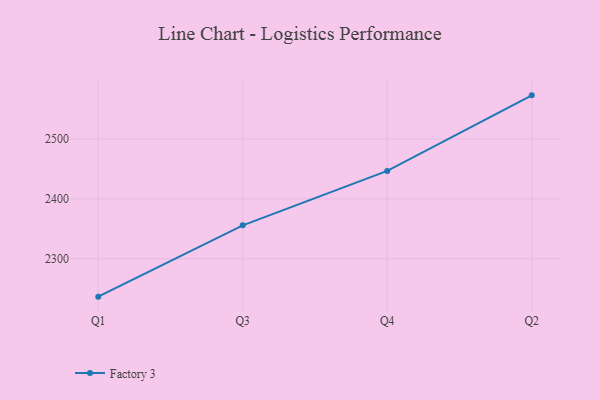
{"axis": {"x": "Quarter", "y": "Active Users"}, "legend": ["Factory 3"], "data": [{"x": "Q1", "y": 2236.7, "type": "Factory 3"}, {"x": "Q3", "y": 2355.8, "type": "Factory 3"}, {"x": "Q4", "y": 2446.7, "type": "Factory 3"}, {"x": "Q2", "y": 2572.9, "type": "Factory 3"}]}